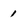
Character: 1